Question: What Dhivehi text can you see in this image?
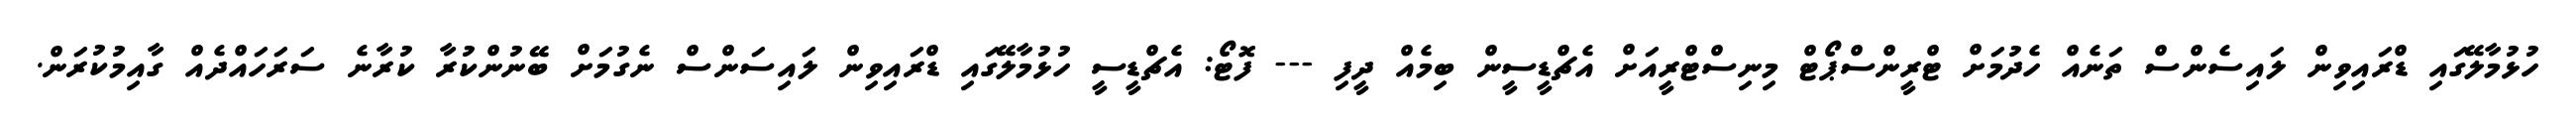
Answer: ހުޅުމާލޭގައި ޑްރައިވިން ލައިސެންސް ތަނެއް ހެދުމަށް ޓްރީންސްޕޯޓް މިނިސްޓްރީއަށް އެޗްޑީސީން ބިމެއް ދީފި --- ފޮޓޯ: އެޗްޑީސީ ހުޅުމާލޭގައި ޑްރައިވިން ލައިސަންސް ނެގުމަށް ބޭނުންކުރާ ކުރާނެ ސަރަހައްދެއް ގާއިމުކުރަން.